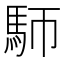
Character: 𩡸